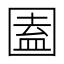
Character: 圔